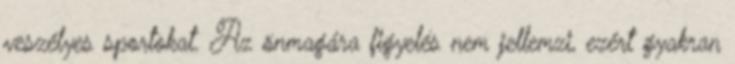
veszélyes sportokat. Az önmagára figyelés nem jellemzi, ezért gyakran